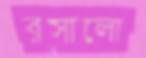
রসালো